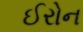
ઈરોન